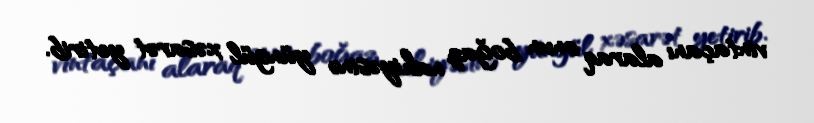
vintaçanı alaraq onun boğaz nahiyəsinə yüngül xəsarət yetirib.